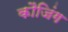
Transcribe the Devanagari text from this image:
कौजिंग